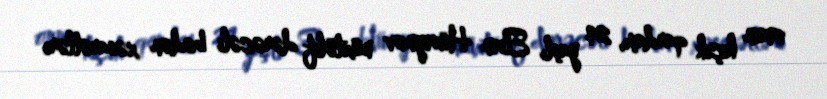
onun kiçik qardaşı, 24 yaşlı Elvin Hüseynov müxtəlif dərəcəli bədən xəsarətləri